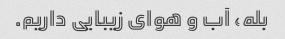
بله، آب و هوای زیبایی داریم.